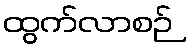
ထွက်လာစဉ်